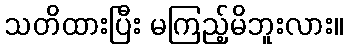
သတိထားပြီး မကြည့်မိဘူးလား။